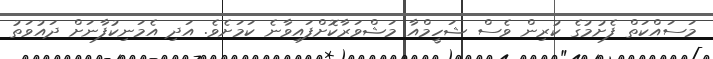
މަސައްކަތް ފެށުމުގެ ކުރިން ވެސް ޝަހީމްއާ މަޝްވަރާކޮށްފައިވާނެ ކަމަށެވެ. އަދި އެމަނިކުފާނަށް ދައުވަތު